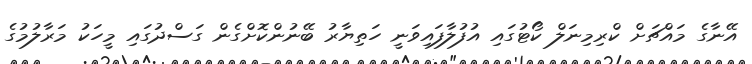
އޭނާގެ މައްޗަށް ކްރިމިނަލް ކޯޓުގައި އުފުލާފައިވަނީ ހަތިޔާރު ބޭނުންކޮށްގެން ގަސްދުގައި މީހަކު މަރާލުމުގެ